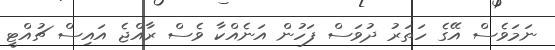
ނަމަވެސް އޭގެ ހަތަރު ދުވަސް ފަހުން އަނެއްކާ ވެސް ރާއްޖެ އައިސް ޗުއްޓީ